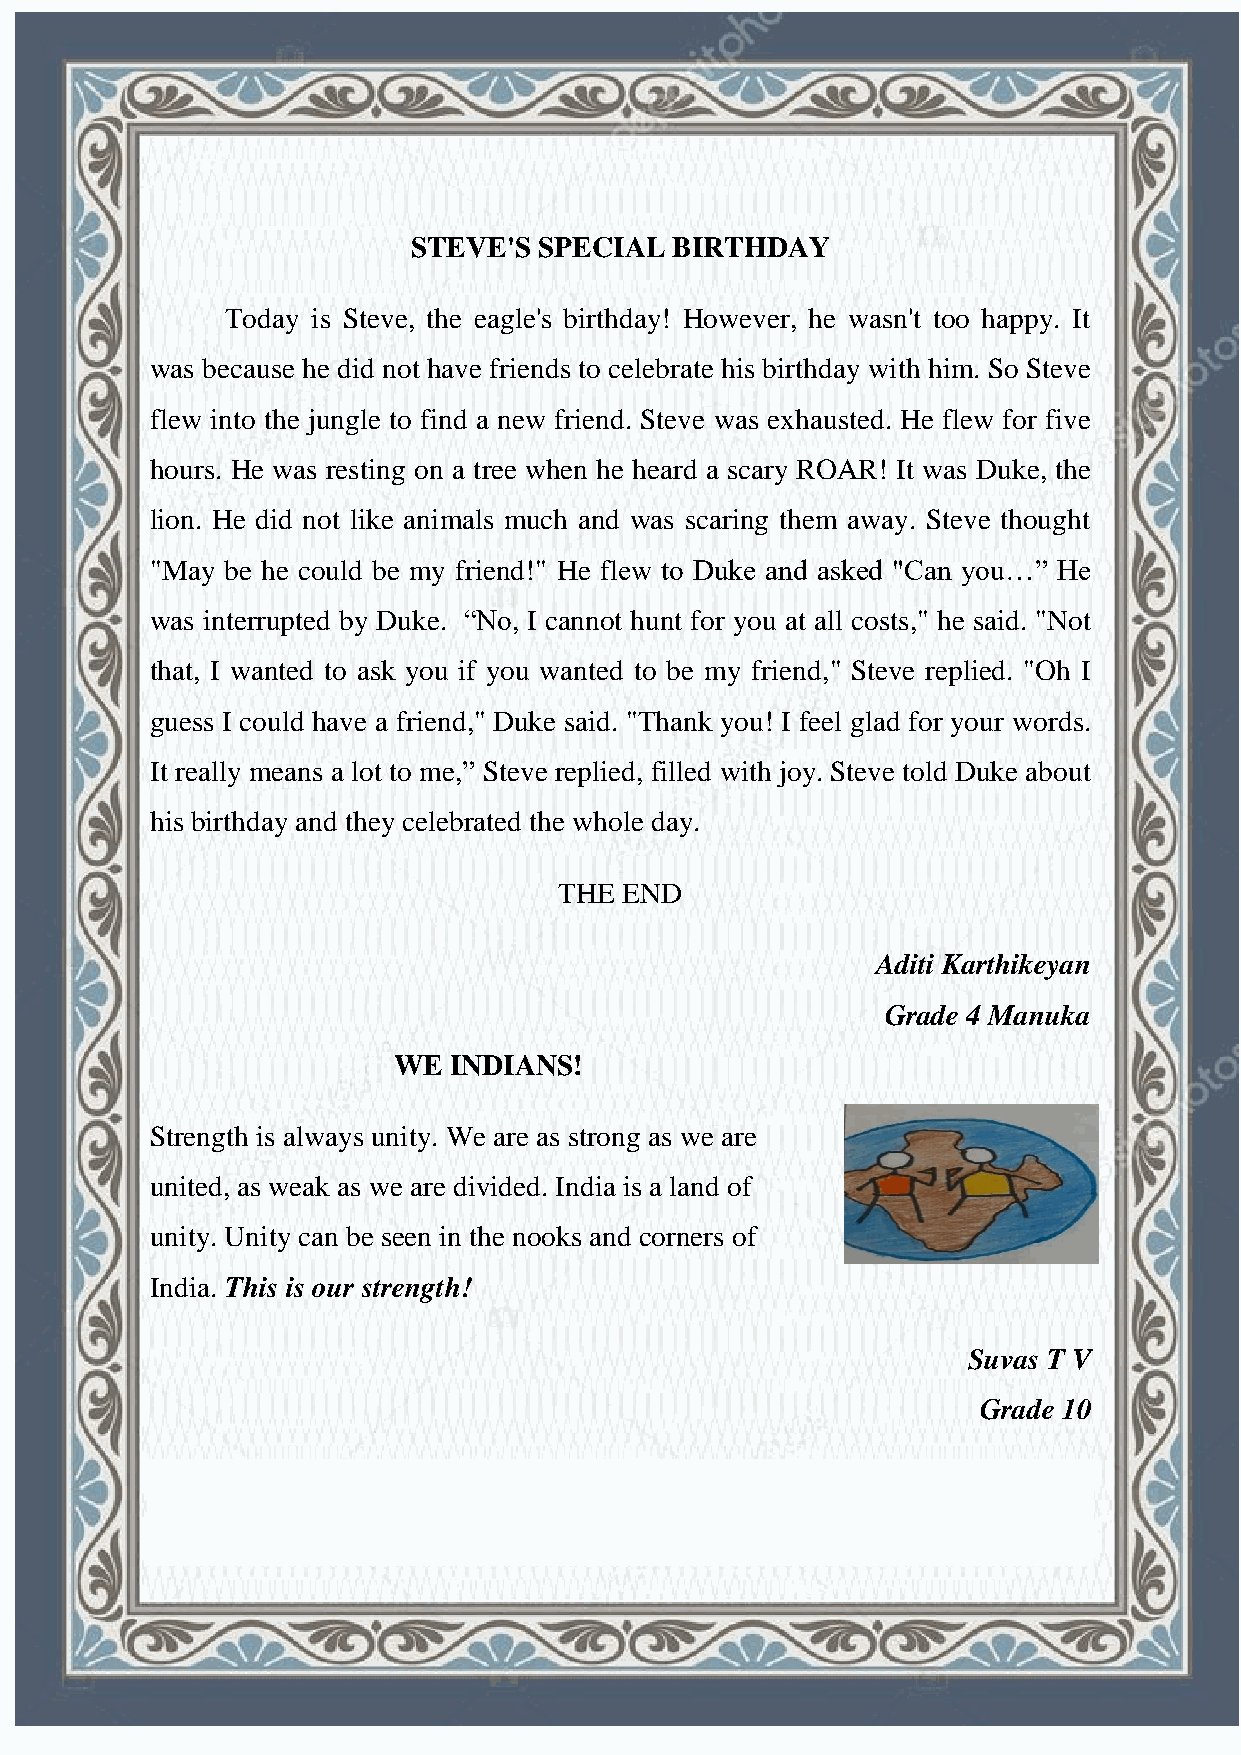
HONEY VIBES
 STEVE'S  SPECIAL BIRTHDAY
 Today is Steve, the eagle's birthday! However, he wasn't too happy. It
 was because he did not have friends to celebrate his birthday with him. So Steve
 flew into the jungle to find a new friend. Steve was exhausted. He flew for five
 hours. He was resting on a tree when he heard a scary ROAR! It was Duke, the
 lion. He did not like animals much and was scaring them away. Steve thought
 "May be he could be my friend!" He flew to Duke and asked "Can you…” He
 was interrupted by Duke. “No, I cannot hunt for you at all costs," he said. "Not
 that, I wanted to ask you if you wanted to be my friend," Steve replied. "Oh I
 guess I could have a friend," Duke said. "Thank you! I feel glad for your words.
 It really means a lot to me,” Steve replied, filled with joy. Steve told Duke about
 his birthday and they celebrated the whole day.
 THE END
 Aditi Karthikeyan
 Grade 4 Manuka
 WE  INDIANS!
 Strength is always unity. We are as strong as we are
 united, as weak as we are divided. India is a land of
 unity. Unity can be seen in the nooks and corners of
 India. This is our strength!
 Suvas T V
 Grade 10
 121